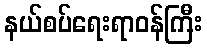
နယ်စပ်ရေးရာဝန်ကြီး